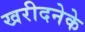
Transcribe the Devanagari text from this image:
खरीदनेके